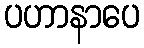
ပဟာနာပေ